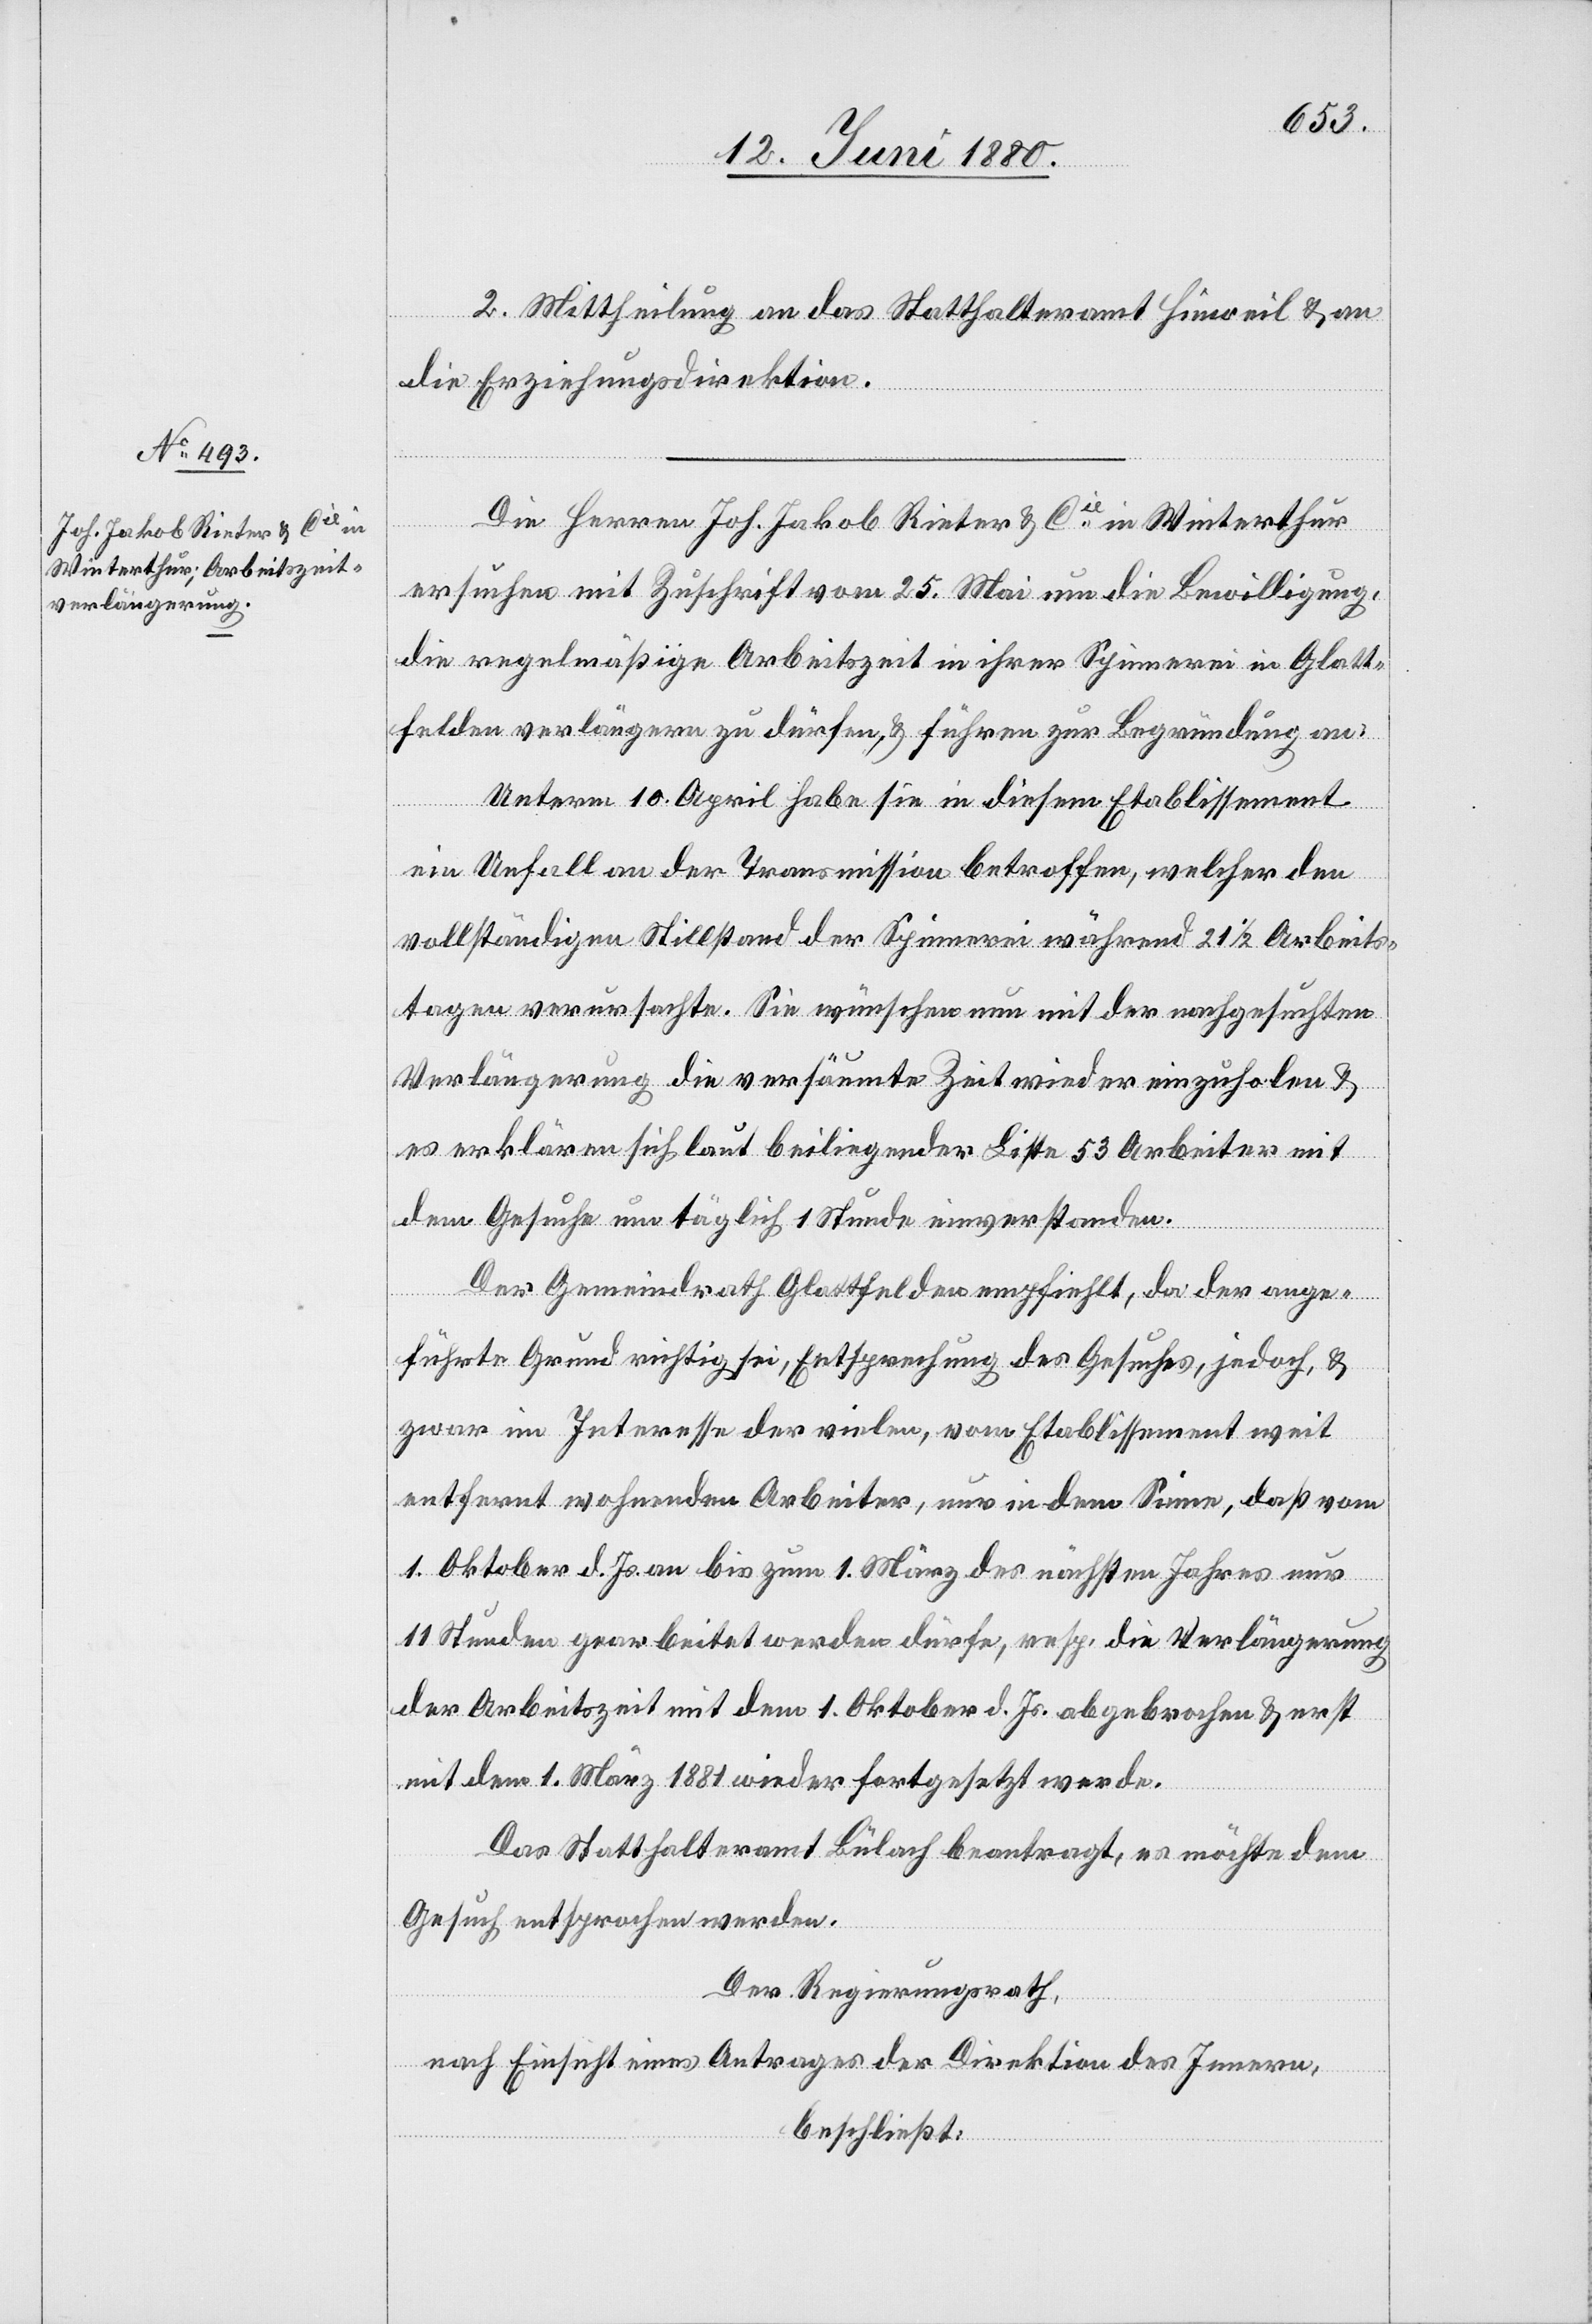
2. Mittheilung an das Statthalteramt Hinweil & an
die Erziehungsdirektion.
Die Herren Joh. Jakob Rieter & Cie in Winterthur
ersuchen mit Zuschrift vom 25. Mai um die Bewilligung,
die regelmäßige Arbeitszeit in ihrer Spinnerei in Glatt¬
felden verlängern zu dürfen, & führen zur Begründung an:
Unterm 10. April habe sie in diesem Etablissement
ein Unfall an der Transmission betroffen, welcher den
vollständigen Stillstand der Spinnerei während 211/2 Arbeits¬
tagen verursachte. Sie wünschen nun mit der nachgesuchten
Verlängerung die versäumte Zeit wieder einzuholen &
es erklären sich laut beiliegender Liste 53 Arbeiter mit
dem Gesuche um täglich 1 Stunde einverstanden.
Der Gemeindrath Glattfelden empfiehlt, da der ange¬
führte Grund richtig sei, Entsprechung des Gesuches, jedoch &
zwar im Interesse der vielen, vom Etablissement weit
entfernt wohnenden Arbeiter, nur in dem Sinne, daß vom
1. Oktober d. Js. an bis zum 1. März des nächsten Jahres nur
11 Stunden gearbeitet werden dürfe, resp. die Verlängerung
der Arbeitszeit mit dem 1. Oktober d. Js. abgebrochen & erst
mit dem 1. März 1881 wieder fortgesetzt werde.
Das Statthalteramt Bülach beantragt, es möchte dem
Gesuch entsprochen werden.
Der Regierungsrath;
nach Einsicht eines Antrages der Direktion des Innern,
beschließt: